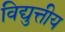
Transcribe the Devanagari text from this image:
विद्युत्तीय